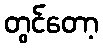
တွင်တော့